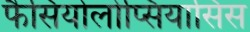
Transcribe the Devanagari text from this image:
फैसियोलोप्सियासिस